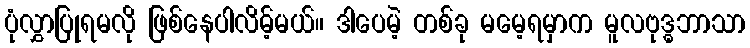
ပုံလွှာပြုရမလို ဖြစ်နေပါလိမ့်မယ်။ ဒါပေမဲ့ တစ်ခု မမေ့ရမှာက မူလဗုဒ္ဓဘာသာ